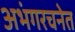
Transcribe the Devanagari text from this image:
अभंगरचनेत